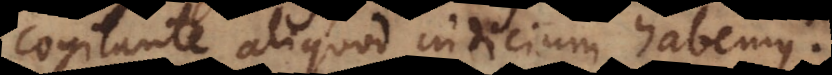
cogitante aliquod indicium habemus.